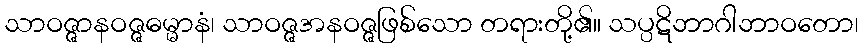
သာဝဇ္ဇာနဝဇ္ဇဓမ္မာနံ၊ သာဝဇ္ဇအနဝဇ္ဇဖြစ်သော တရားတို့၏။ သပ္ပဋိဘာဂါဘာဝတော၊